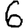
Digit: 6